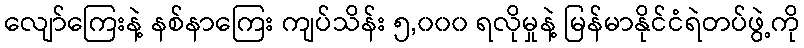
လျော်ကြေးနဲ့ နစ်နာကြေး ကျပ်သိန်း ၅,၀၀၀ ရလိုမှုနဲ့ မြန်မာနိုင်ငံရဲတပ်ဖွဲ့ကို